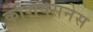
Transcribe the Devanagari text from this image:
कांशयसनेस